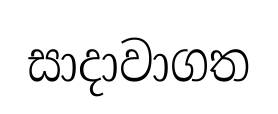
සාදාවාගත